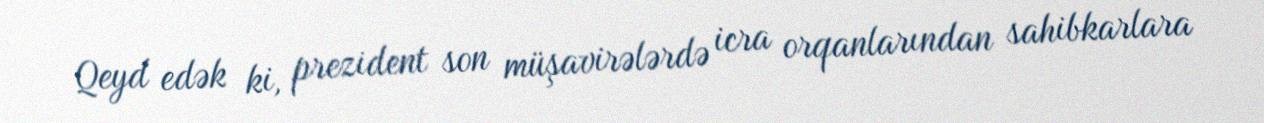
Qeyd edək ki, prezident son müşavirələrdə icra orqanlarından sahibkarlara